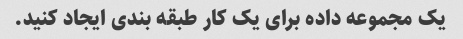
یک مجموعه داده برای یک کار طبقه بندی ایجاد کنید.